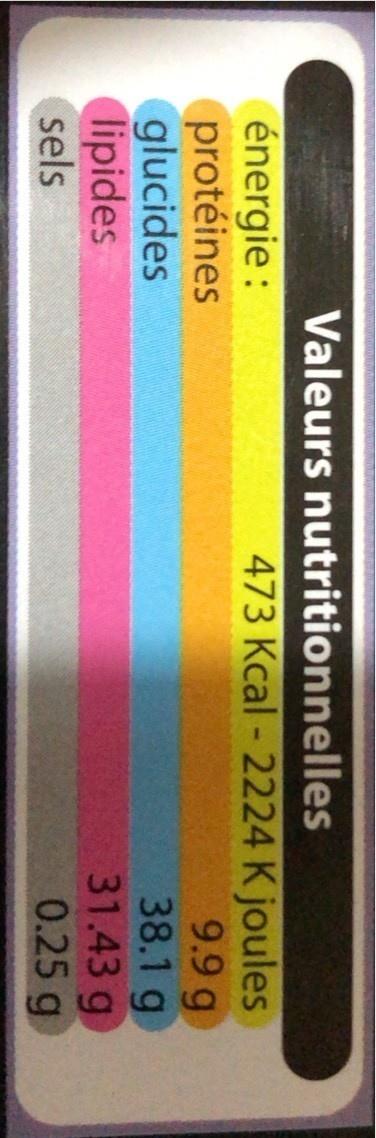
Valeurs nutritionnelles
énergie : protéines glucides lipides sels
473 Kcal - 2224 K joules 9.9 g 38.1 g 31.43 g 0.25 g